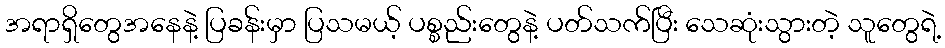
အရာရှိတွေအနေနဲ့ ပြခန်းမှာ ပြသမယ့် ပစ္စည်းတွေနဲ့ ပတ်သက်ပြီး သေဆုံးသွားတဲ့ သူတွေရဲ့